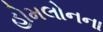
હોમલોનના